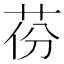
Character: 𦮪